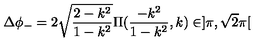
\Delta \phi _ { - } = 2 \sqrt { \frac { 2 - k ^ { 2 } } { 1 - k ^ { 2 } } } \Pi ( \frac { - k ^ { 2 } } { 1 - k ^ { 2 } } , k ) \in ] \pi , \sqrt { 2 } \pi [